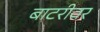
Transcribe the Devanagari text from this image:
बाटरीवर